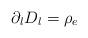
LaTeX: \begin{align*}\partial_lD_l =\rho_{e}\end{align*}